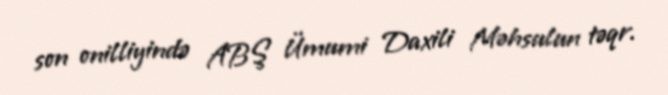
son onilliyində ABŞ Ümumi Daxili Məhsulun təqr.